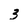
Character: 3